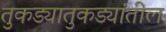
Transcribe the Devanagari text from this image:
तुकड्यातुकड्यांतील